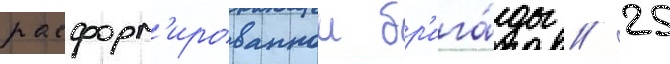
расформ'ированнои бр'ига́ды // 25